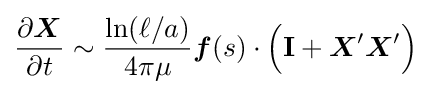
{\frac {\partial {\boldsymbol {X}}}{\partial t}}\sim {\frac {\ln(\ell /a)}{4\pi \mu }}{\boldsymbol {f}}(s)\cdot {\Bigl (}\mathbf {I} +{\boldsymbol {X}}'{\boldsymbol {X}}'{\Bigr )}